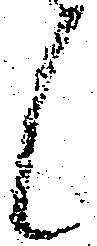
候